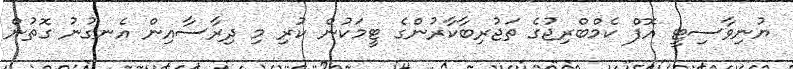
ޔުނިވާސިޓީ އޮފް ކެމްބްރިޖުގެ ތަޖުރިބާކާރުންގެ ޓީމަކުން ކުރި މި ދިރާސާއިން އެނގުނު ގޮތުން